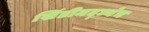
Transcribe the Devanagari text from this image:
खिंडीमद्ध्येच